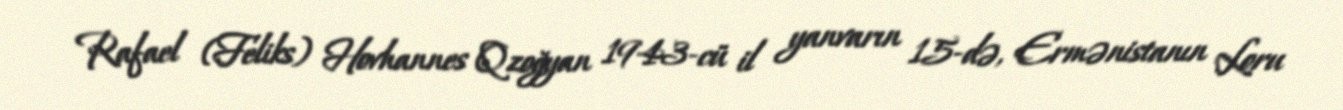
Rafael (Feliks) Hovhannes Qzoğyan 1943-cü il yanvarın 15-də, Ermənistanın Loru